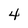
Character: 4